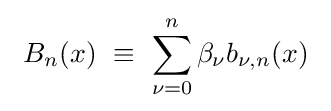
\ B_{n}(x)\ \equiv \ \sum _{\nu =0}^{n}\beta _{\nu }b_{\nu ,n}(x)\